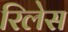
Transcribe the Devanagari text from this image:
रिलेस